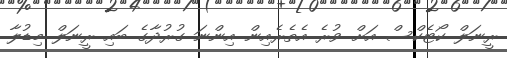
ރީނަލް ކޯޓެކްސް އަށް ވުރެ އެތެރެއިން އިންނަ ގުރުދާގެ ބައި ރީނަލް މިޑުލާ